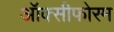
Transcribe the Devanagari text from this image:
ऑक्सीफोरम